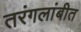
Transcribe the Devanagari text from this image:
तरंगलांबीत